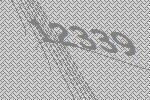
12339